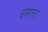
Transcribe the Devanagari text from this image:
चेसला